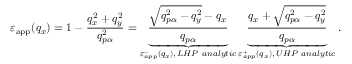
{ { \varepsilon } _ { \mathrm { a p p } } } ( { { q } _ { x } } ) = 1 - \frac { q _ { x } ^ { 2 } + q _ { y } ^ { 2 } } { q _ { p \alpha } ^ { 2 } } = \underbrace { \frac { \sqrt { q _ { p \alpha } ^ { 2 } - q _ { y } ^ { 2 } } - { { q } _ { x } } } { { { q } _ { p \alpha } } } } _ { \varepsilon _ { a p p } ^ { - } \left( { { q } _ { x } } \right) , \, L H P \ a n a l y t i c } \underbrace { \frac { { { q } _ { x } } + \sqrt { q _ { p \alpha } ^ { 2 } - q _ { y } ^ { 2 } } } { { { q } _ { p \alpha } } } } _ { \varepsilon _ { a p p } ^ { + } \left( { { q } _ { x } } \right) , \, U H P \ a n a l y t i c } .